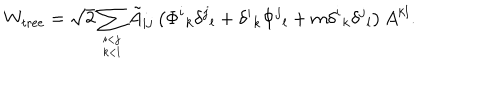
W _ { \mathrm { t r e e } } = \sqrt { 2 } \sum _ { i < j \atop k < l } \tilde { A } _ { i j } \left( \Phi ^ { i } { } _ { k } \delta ^ { j } { } _ { l } + \delta ^ { i } { } _ { k } \Phi ^ { j } { } _ { l } + m \delta ^ { i } { } _ { k } \delta ^ { j } { } _ { l } \right) A ^ { k l } .